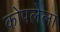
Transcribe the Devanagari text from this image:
कोपलेला